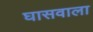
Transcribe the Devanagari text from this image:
घासवाला